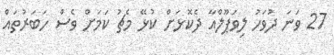
27 ވަނަ ދުވަހު ލިވަޕޫލްއާ ދެކޮޅަށް ކުޅޭ މެޗު ކަމަށް ވެސް ހަބަރުތައް